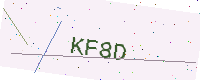
Text: KF8D